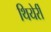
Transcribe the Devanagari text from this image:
थियेर्री